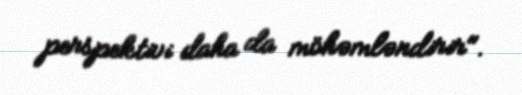
perspektivi daha da möhəmləndirir".